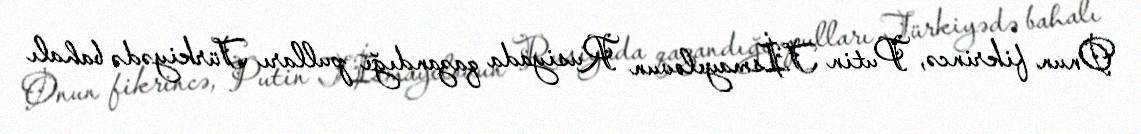
Onun fikrincə, Putin T.İsmayılovun Rusiyada qazandığı pulları Türkiyədə bahalı